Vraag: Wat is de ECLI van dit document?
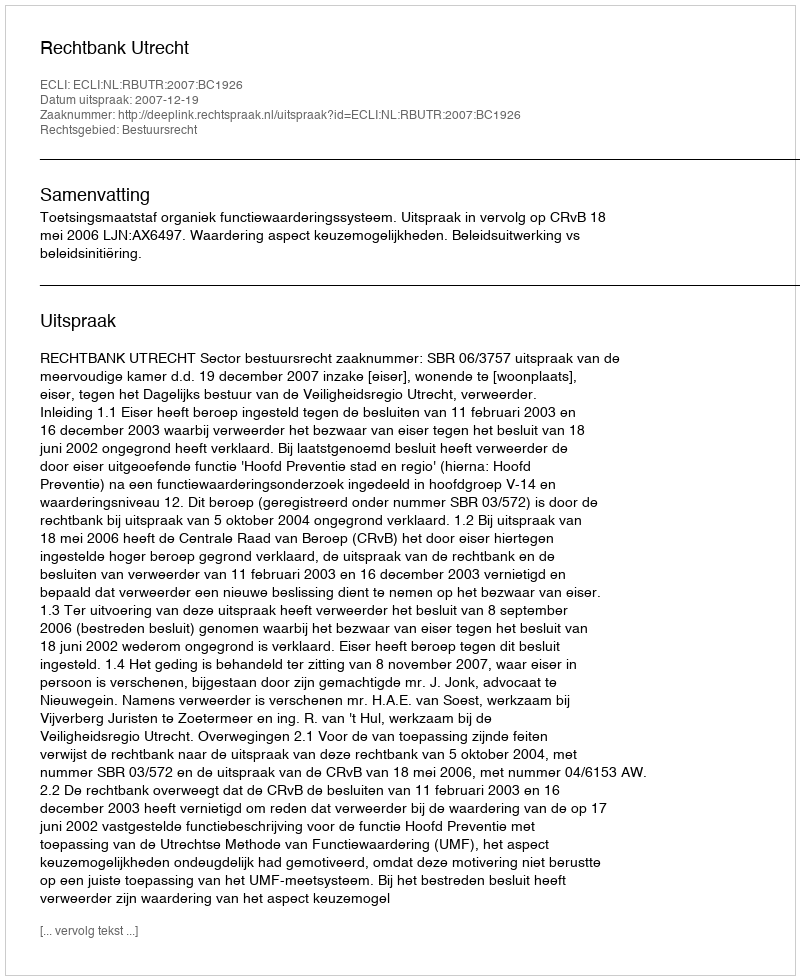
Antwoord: ECLI:NL:RBUTR:2007:BC1926